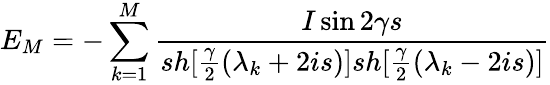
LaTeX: E_{M}=-\sum_{k=1}^{M}\frac{I\sin 2\gamma s}{sh[\frac{\gamma}{2}(\lambda_{k}+2is)]sh[\frac{\gamma}{2}(\lambda_{k}-2is)]}